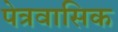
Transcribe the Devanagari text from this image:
पेत्रवासिक